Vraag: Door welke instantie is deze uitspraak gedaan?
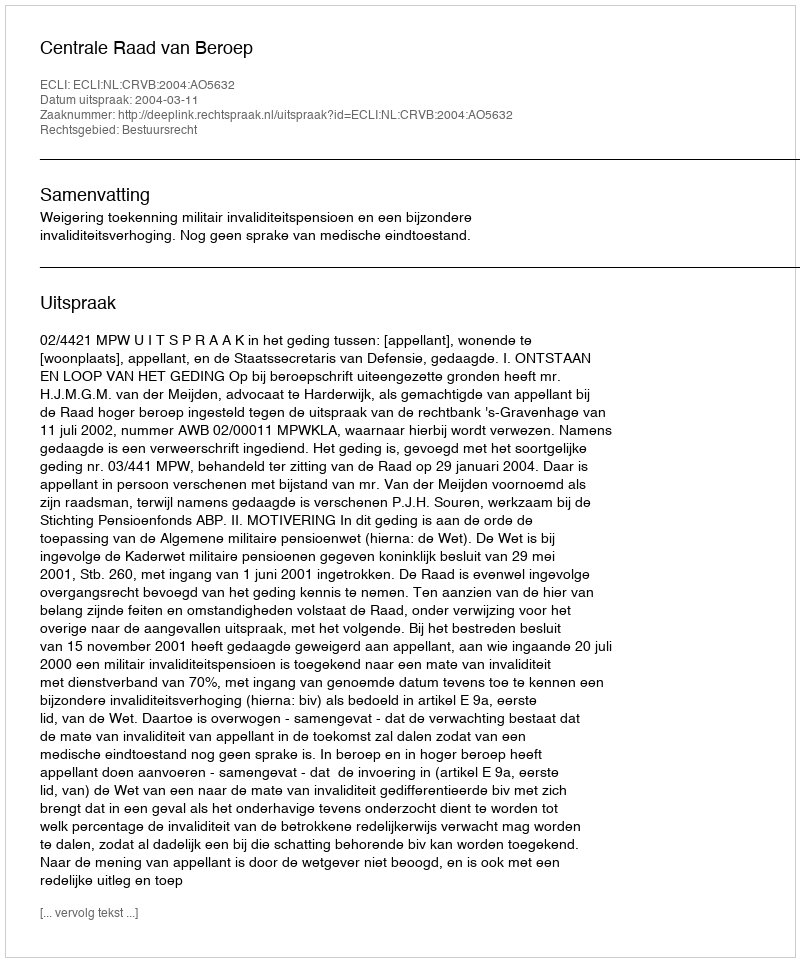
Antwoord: Centrale Raad van Beroep